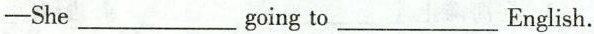
——She___going to___English.